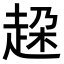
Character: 𧻞